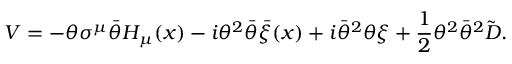
{ \cal V } = - \theta \sigma ^ { \mu } \bar { \theta } H _ { \mu } ( x ) - i \theta ^ { 2 } \bar { \theta } \bar { \xi } ( x ) + i \bar { \theta } ^ { 2 } \theta \xi + \frac { 1 } { 2 } \theta ^ { 2 } \bar { \theta } ^ { 2 } \tilde { D } .